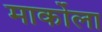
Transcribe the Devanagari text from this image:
मार्कोला